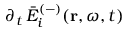
\partial _ { t } \, \bar { E } _ { i } ^ { ( - ) } ( \mathbf { r } , \omega , t )